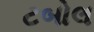
ટબોલ